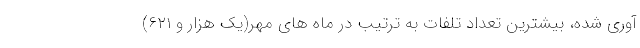
آوری شده، بیشترین تعداد تلفات به ترتیب در ماه های مهر(یک هزار و ۶۲۱)